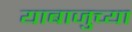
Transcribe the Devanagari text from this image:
याबाजुच्या